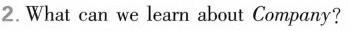
2.What can we learn about Compeny?